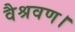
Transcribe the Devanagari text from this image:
वैश्रवण।